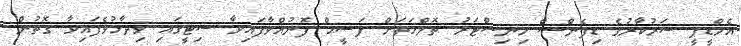
އެމްޑީޕީ ސަރުކާރުގެ ޑިފެންސް މިނިސްޓަރު ތޮލްހަތަށް ފަސީޙް ފޮނުއްވާފައިވާ ސިޓީގައި ވިދާޅުވެފައިވާ ގޮތުން